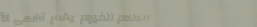
مطعم الفيوم يقدم أشهى الأ